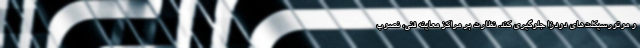
و موتورسیکلت‌های دودزا جلوگیری کند. نظارت بر مراکز معاینه فنی، نصوب